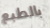
بالطبع